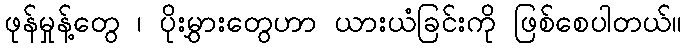
ဖုန်မှုန့်တွေ ၊ ပိုးမွှားတွေဟာ ယားယံခြင်းကို ဖြစ်စေပါတယ်။